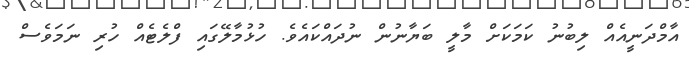
އާމްދަނީއެއް ލިބުނު ކަމަކަށް މާލީ ބަޔާނުން ނުދައްކައެވެ. ހުޅުމާލޭގައި ފްލެޓެއް ހުރި ނަމަވެސް